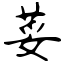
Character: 荽